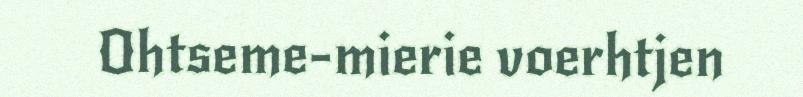
Ohtseme-mierie voerhtjen